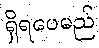
ရှိရပေမည်